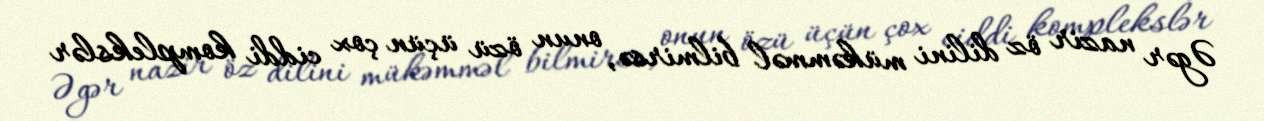
Əgər nazir öz dilini mükəmməl bilmirsə, onun özü üçün çox ciddi komplekslər